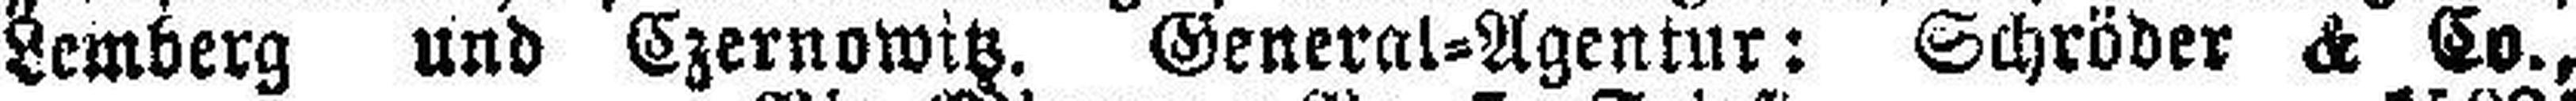
Lemberg und Czernowitz, General=Agentur: Schröder & Co.,